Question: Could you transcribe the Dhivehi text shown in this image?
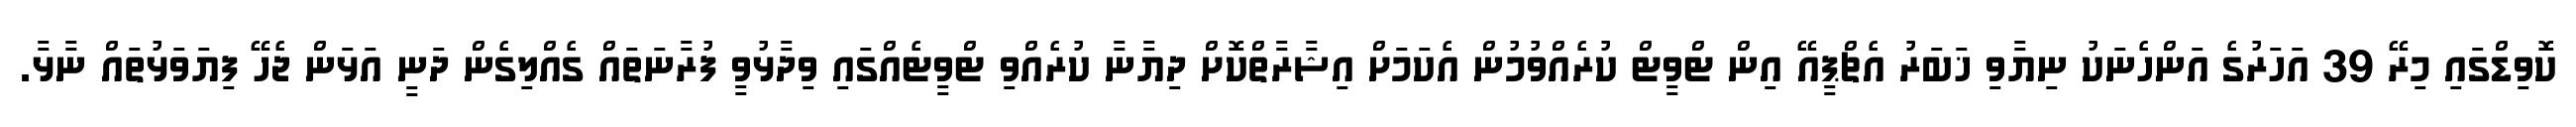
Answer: ކޮވިޑްގައި މިރޭ 39 އަހަރުގެ އަންހެނަކު ނިޔާވި ޚަބަރު އެޗްޕީއޭ އިން ޓްވީޓް ކުރެއްވުމުން އެކަމަށް އިޝާރާތްކޮށް ދިޔާނާ ކުރެއްވި ޓްވީޓެއްގައި ވިދާޅުވީ ފުރާނަތައް ގެއްލިގެން ދަނީ އަޅަން ޖެހޭ ފިޔަވަޅުތައް ނާޅާ.